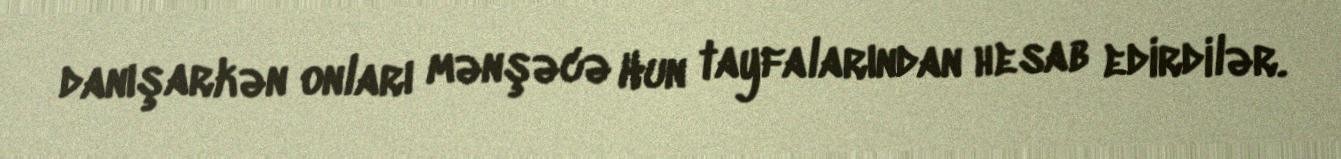
danışarkən onları mənşəcə Hun tayfalarından hesab edirdilər.